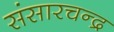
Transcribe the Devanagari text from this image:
संसारचन्द्र